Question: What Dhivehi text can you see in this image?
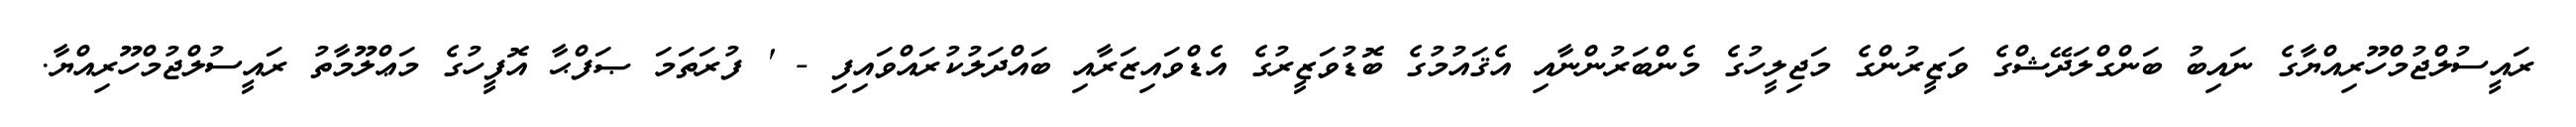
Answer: ރައީސުލްޖުމްހޫރިއްޔާގެ ނައިބު ބަންގްލަދޭޝްގެ ވަޒީރުންގެ މަޖިލީހުގެ މެންބަރުންނާއި އެޤައުމުގެ ބޮޑުވަޒީރުގެ އެޑްވައިޒަރާއި ބައްދަލުކުރައްވައިފި - ' ފުރަތަމަ ޞަފްޙާ އޮފީހުގެ މަޢްލޫމާތު ރައީސުލްޖުމްހޫރިއްޔާ.